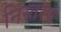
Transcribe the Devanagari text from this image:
निस्तरण